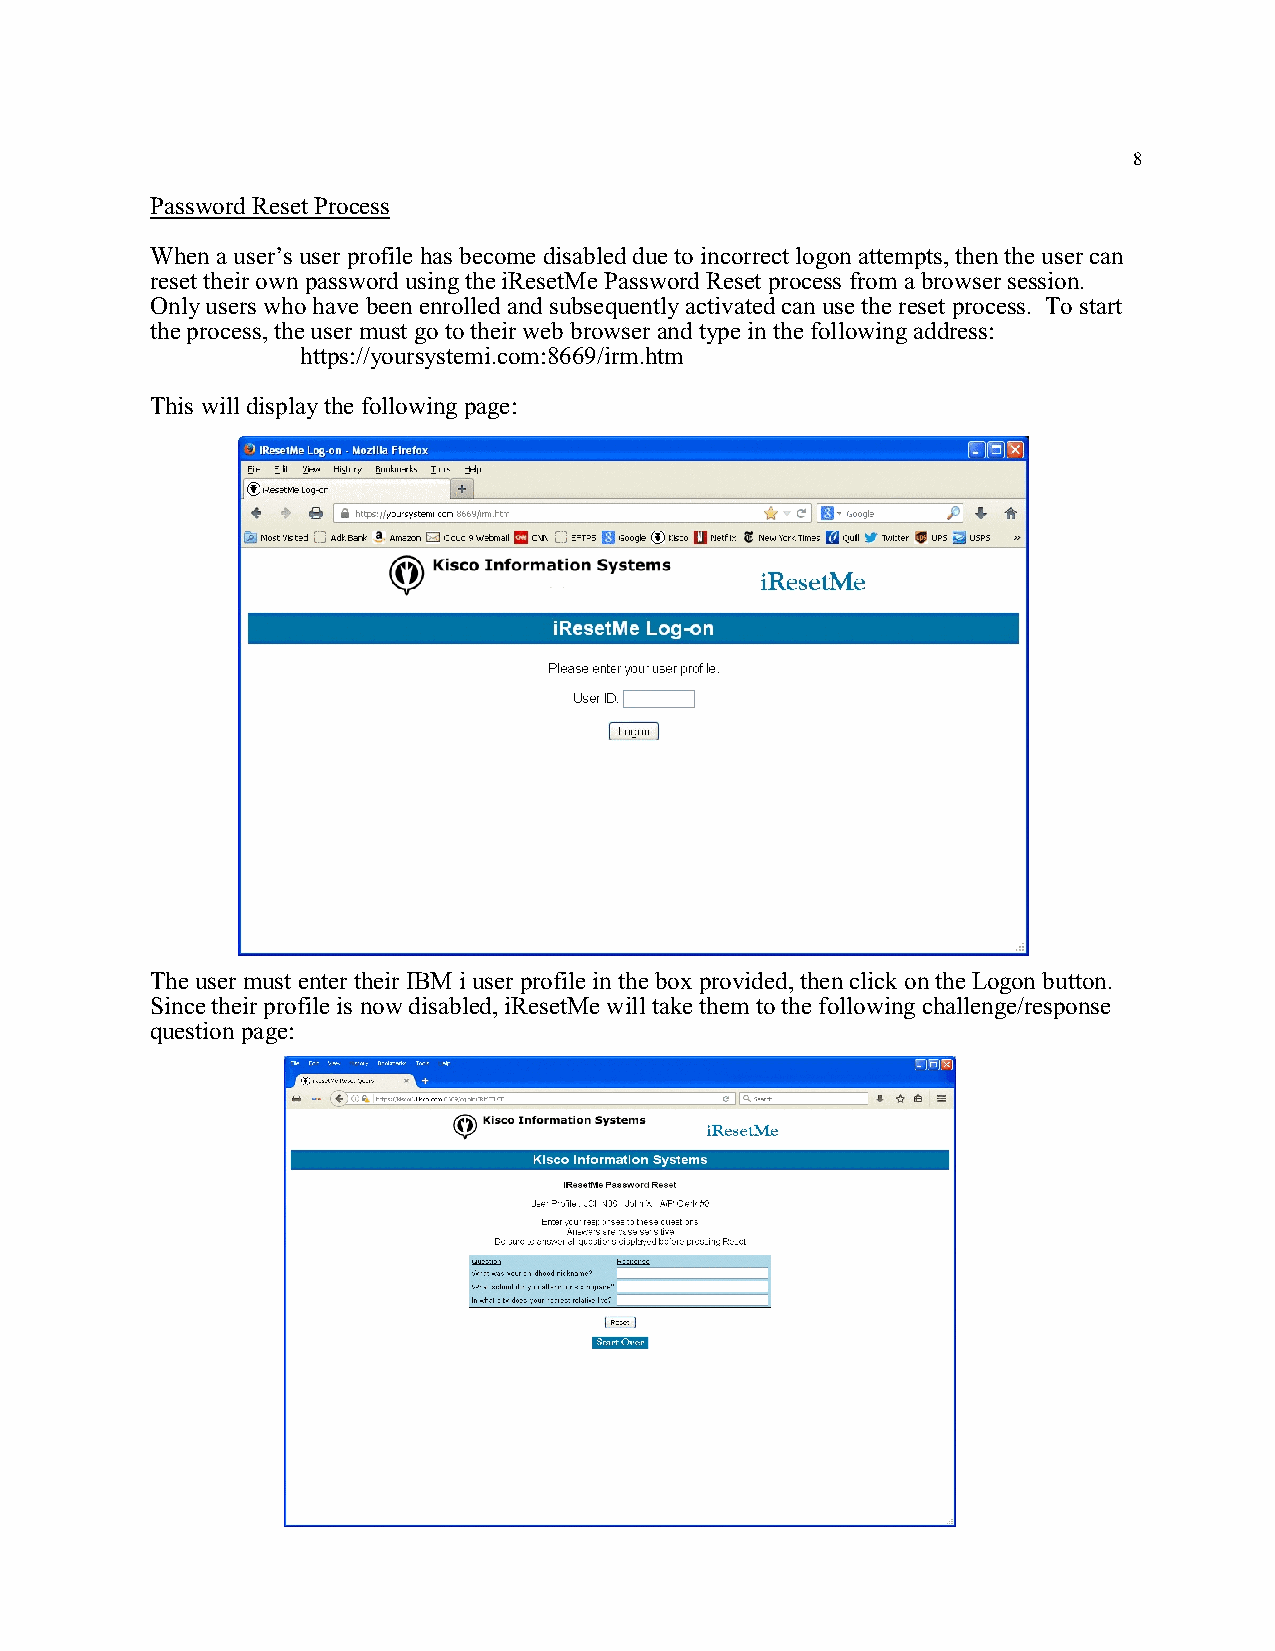
8
 Password Reset Process
 When a user’s user profile has become disabled due to incorrect logon attempts, then the user can
 reset their own password using the iResetMe Password Reset process from a browser session.
 Only users who have been enrolled and subsequently activated can use the reset process. To start
 the process, the user must go to their web browser and type in the following address:
 https://yoursystemi.com:8669/irm.htm
 This will display the following page:
 The user must enter their IBM i user profile in the box provided, then click on the Logon button.
 Since their profile is now disabled, iResetMe will take them to the following challenge/response
 question page: